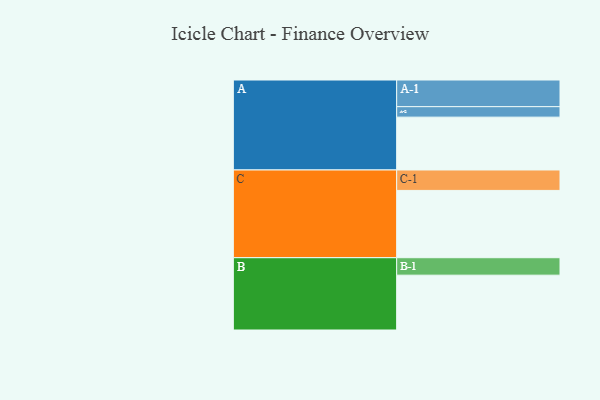
{"axis": {"x": "Segment", "y": "Value"}, "legend": ["", "A", "B", "C"], "data": [{"x": "A", "y": 424, "type": ""}, {"x": "B", "y": 440, "type": ""}, {"x": "C", "y": 540, "type": ""}, {"x": "A-1", "y": 214, "type": "A"}, {"x": "A-2", "y": 84, "type": "A"}, {"x": "B-1", "y": 140, "type": "B"}, {"x": "C-1", "y": 164, "type": "C"}]}